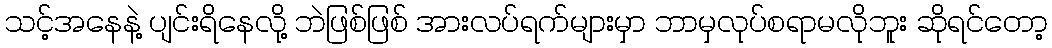
သင့်အနေနဲ့ ပျင်းရိနေလို့ ဘဲဖြစ်ဖြစ် အားလပ်ရက်များမှာ ဘာမှလုပ်စရာမလိုဘူး ဆိုရင်တော့